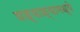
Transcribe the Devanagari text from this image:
घड्याळ्यामध्ये